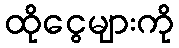
ထိုငွေများကို